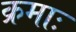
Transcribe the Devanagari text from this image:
क्रमाः